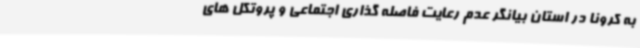
به کرونا در استان بیانگر عدم رعایت فاصله گذاری اجتماعی و پروتکل های